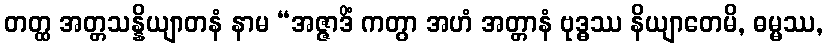
တတ္ထ အတ္တသန္နိယျာတနံ နာမ “အဇ္ဇာဒိံ ကတွာ အဟံ အတ္တာနံ ဗုဒ္ဓဿ နိယျာတေမိ, ဓမ္မဿ,